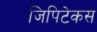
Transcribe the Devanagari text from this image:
जिपिटेकस